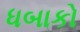
ધબાકો